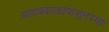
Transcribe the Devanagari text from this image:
यादवकाळापासूनच्या